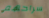
سراحهم